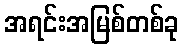
အရင်းအမြစ်တစ်ခု